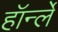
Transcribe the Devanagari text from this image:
हॉर्न्ले